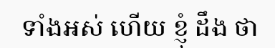
ទាំងអស់ ហើយ ខ្ញុំ ដឹង ថា